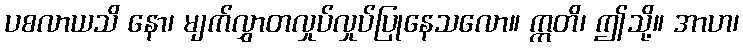
ပစလာယသိ နော၊ မျက်လွှာတလှုပ်လှုပ်ပြုနေသလော။ ဣတိ၊ ဤသို့။ အာဟ၊